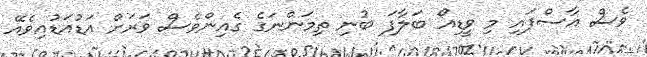
ވެސް އާސްފަައި މި ވީޑިއޯ ބަލާފަ ބުނި ތިމަންނަގެ ގެއިންވެސް ވަރަށް އަޑުއަޑުއިވެއޭ